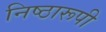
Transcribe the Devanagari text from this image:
निष्ठारूपी